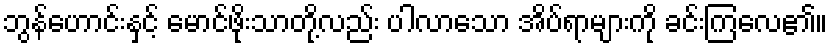
ဘွန်ဟောင်းနှင့် မောင်ဖိုးသာတို့လည်း ပါလာသော အိပ်ရာများကို ခင်းကြလေ၏။